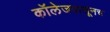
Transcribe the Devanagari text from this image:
कॉलेजपासूनच